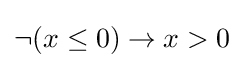
\neg (x\leq 0)\to x>0